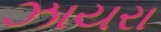
ઝાયરા